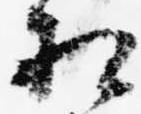
相